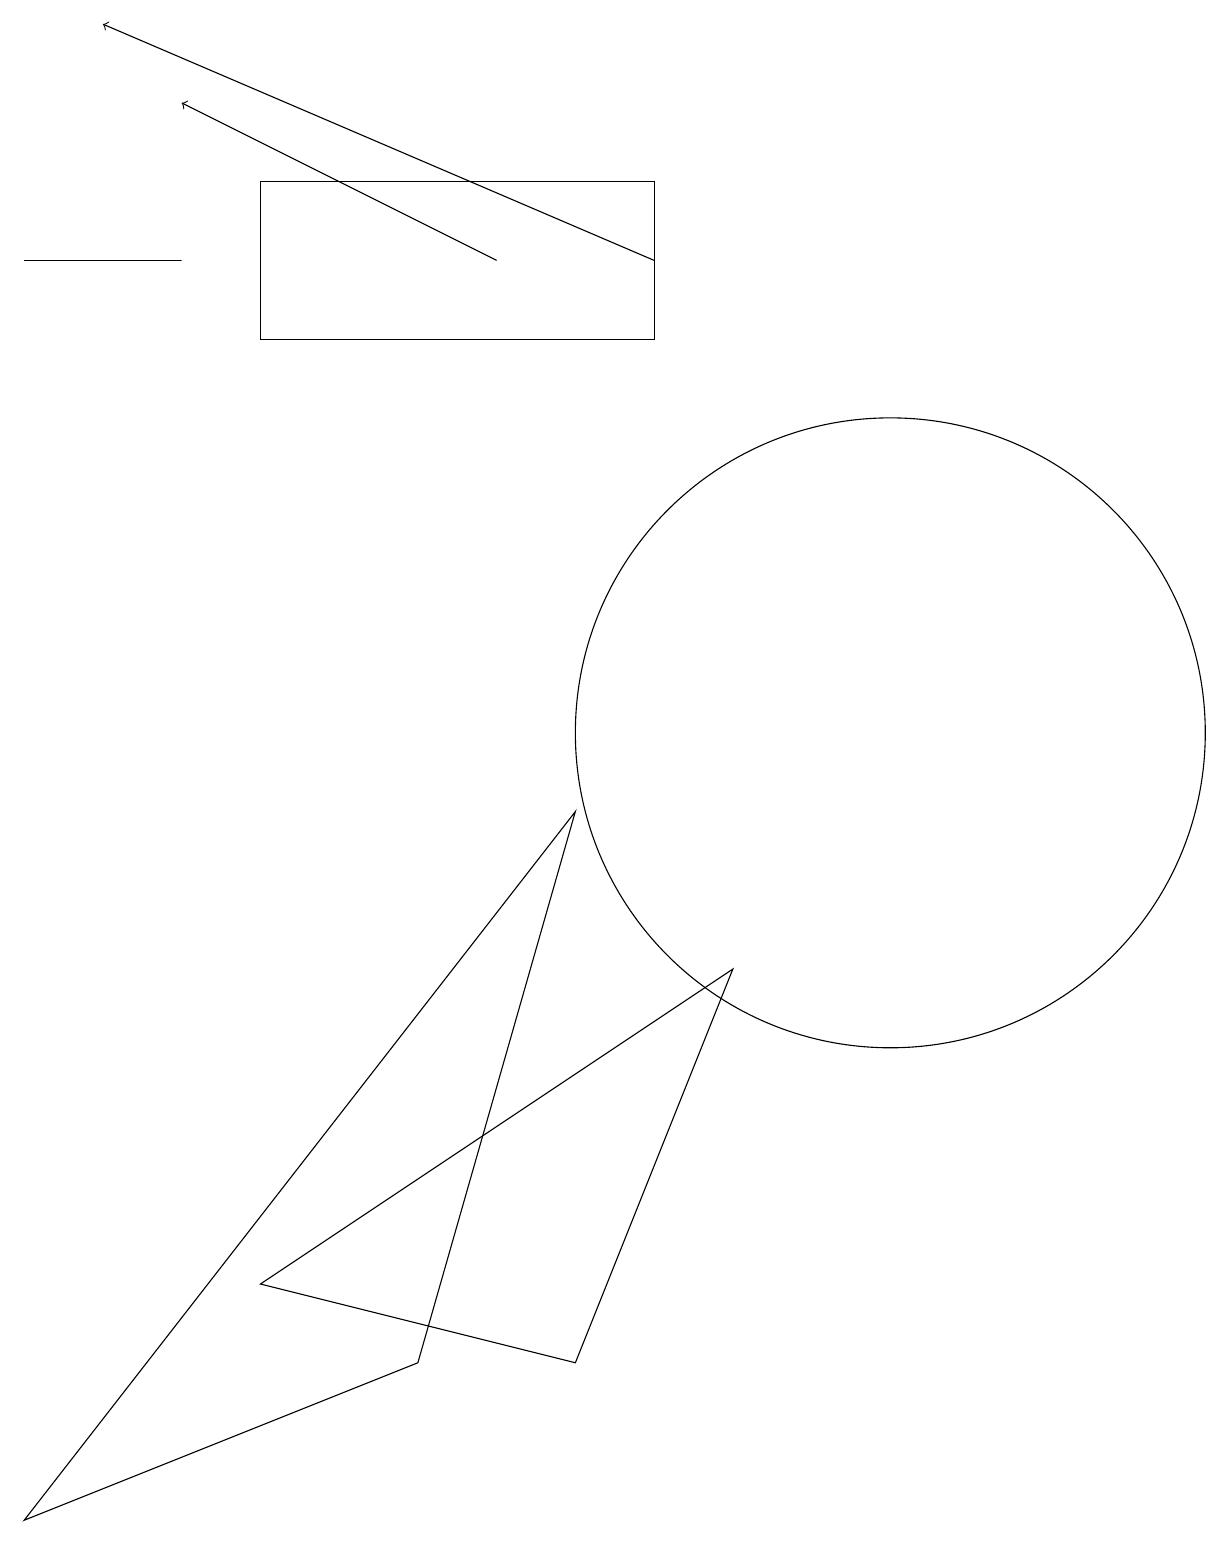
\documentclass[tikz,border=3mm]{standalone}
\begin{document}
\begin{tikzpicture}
\draw (7,9) -- (0,0) -- (5,2) -- cycle;
\draw (0,16) rectangle (2,16);
\draw[->] (8,16) -- (1,19);
\draw[->] (6,16) -- (2,18);
\draw (8,17) rectangle (3,15);
\draw (7,2) -- (9,7) -- (3,3) -- cycle;
\draw (11,10) circle (4);
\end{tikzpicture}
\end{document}